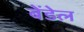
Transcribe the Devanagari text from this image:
बेंडेल